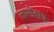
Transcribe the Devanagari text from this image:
लामोतांय